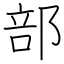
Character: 部